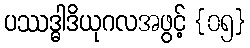
ပဿဒ္ဓါဒိယုဂလအဖွင့် {၀၅}